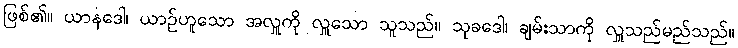
ဖြစ်၏။ ယာနဒေါ၊ ယာဉ်ဟူသော အလှူကို လှူသော သူသည်။ သုခဒေါ၊ ချမ်းသာကို လှူသည်မည်သည်။